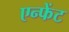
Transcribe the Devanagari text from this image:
एन्फेंट